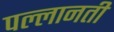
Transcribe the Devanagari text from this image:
पल्लानती